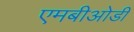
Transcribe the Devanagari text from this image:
एमबीओडी